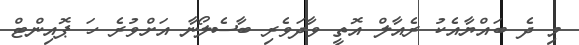
މި ދެ ބައްޔާއެކު ރެއާލް އޮތީ ވާދަވެރި ބާސެލޯނާ އަށްވުރެ ހަ ޕޮއިންޓް